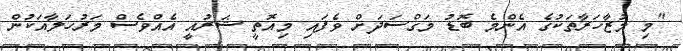
"މި މުޒާހަރާތަކުގެ އެންމެ ބޮޑު މަގްސަދަށް ވެފައި މިއޮތީ ޝަރުއީ އެއްވެސް މަރުހަލާއަކުން